Civil Veterinary Department Bengal reports 1933-51 - 1933-1951
Year: 1933
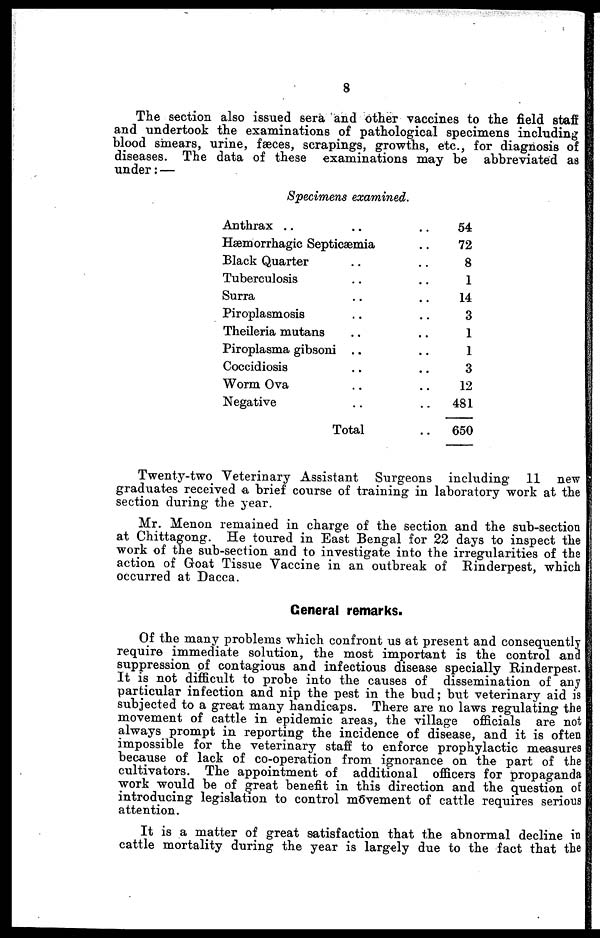
8
The section also issued sera and other vaccines to the field staff
and undertook the examinations of pathological specimens including
blood smears, urine, fæces, scrapings, growths, etc., for diagnosis of
diseases. The data of these examinations may be abbreviated as
under: —
Specimens examined.
Anthrax .. .. ..
Hæmorrhagic Septicæmia ..
Black Quarter .. ..
Tuberculosis .. ..
Surra .. ..
Piroplasmosis .. ..
Theileria mutans .. ..
Piroplasma gibsoni .. ..
Coccidiosis .. ..
Worm Ova .. ..
Negative .. ..
Total ..
54
72
8
1
14
3
1
1
3
12
481
650
Twenty-two Veterinary Assistant Surgeons including 11 new
graduates received a brief course of training in laboratory work at the
section during the year.
Mr. Menon remained in charge of the section and the sub-section
at Chittagong. He toured in East Bengal for 22 days to inspect the
work of the sub-section and to investigate into the irregularities of the
action of Goat Tissue Vaccine in an outbreak of Rinderpest, which
occurred at Dacca.
General remarks.
Of the many problems which confront us at present and consequently
require immediate solution, the most important is the control and
suppression of contagious and infectious disease specially Rinderpest.
It is not difficult to probe into the causes of dissemination of any
particular infection and nip the pest in the bud; but veterinary aid is
subjected to a great many handicaps. There are no laws regulating the
movement of cattle in epidemic areas, the village officials are not
always prompt in reporting the incidence of disease, and it is often
impossible for the veterinary staff to enforce prophylactic measures
because of lack of co-operation from ignorance on the part of the
cultivators. The appointment of additional officers for propaganda
work would be of great benefit in this direction and the question of
introducing legislation to control movement of cattle requires serious
attention.
It is a matter of great satisfaction that the abnormal decline in
cattle mortality during the year is largely due to the fact that the